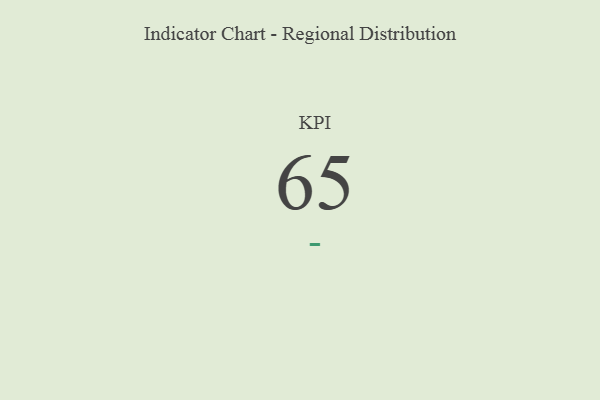
{"axis": {"x": "KPI", "y": "Value"}, "legend": [""], "data": [{"x": "KPI", "y": 65, "type": ""}]}